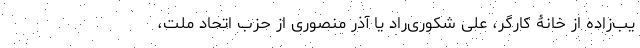
یب‌زاده از خانۀ کارگر، علی شکوری‌راد یا آذر منصوری از حزب اتحاد ملت،